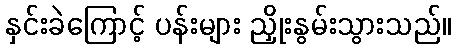
နှင်းခဲကြောင့် ပန်းများ ညှိုးနွမ်းသွားသည်။